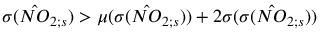
\sigma ( \hat { N O } _ { 2 ; s } ) > \mu ( \sigma ( \hat { N O } _ { 2 ; s } ) ) + 2 \sigma ( \sigma ( \hat { N O } _ { 2 ; s } ) )